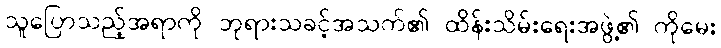
သူပြောသည့်အရာကို ဘုရားသခင့်အသက်၏ ထိန်းသိမ်းရေးအဖွဲ့၏ ကိုမေး